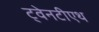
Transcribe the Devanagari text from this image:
ट्वेनटीएथ